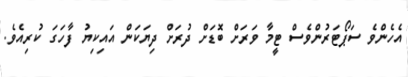
އެހެންވެ ސަޕޯޓަރުންވެސް ޓީމާ ވަރަށް ބޮޑަށް ދުރަށް ދިޔަކަން އައިކިޔު ފާހަގަ ކުރިއެވެ.